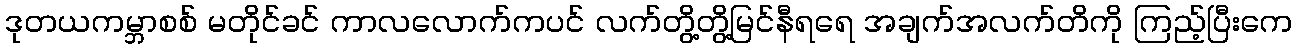
ဒုတယကမ္ဘာစစ် မတိုင်ခင် ကာလလောက်ကပင် လက်တွိ့တွိ့မြင်နီရရေ အချက်အလက်တိကို ကြည့်ပြီးကေ